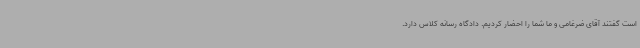
است گفتند آقای ضرغامی و ما شما را احضار کردیم. دادگاه رسانه کلاس دارد.